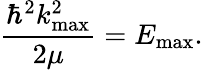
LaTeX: \frac{\hbar^{2}k_{\mathrm{max}}^{2}}{2\mu}=E_{\mathrm{max}}.